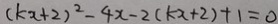
( k x + 2 ) ^ { 2 } - 4 x - 2 ( k x + 2 ) + 1 = 0